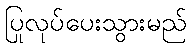
ပြုလုပ်ပေးသွားမည်